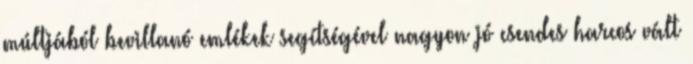
múltjából bevillanó emlékek segítségével nagyon jó csendes harcos vált